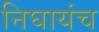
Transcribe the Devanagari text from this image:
निघायंच